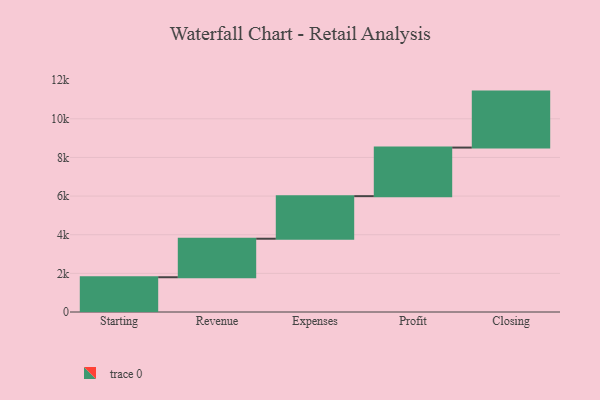
{"axis": {"x": "Step", "y": "Value"}, "legend": [""], "data": [{"x": "Starting", "y": 1799.0, "type": ""}, {"x": "Revenue", "y": 1994.0, "type": ""}, {"x": "Expenses", "y": 2203.0, "type": ""}, {"x": "Profit", "y": 2515.0, "type": ""}, {"x": "Closing", "y": 2897.0, "type": ""}]}